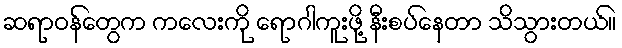
ဆရာဝန်တွေက ကလေးကို ရောဂါကူးဖို့ နီးစပ်နေတာ သိသွားတယ်။